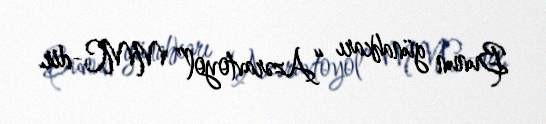
Bunun günahkarı “Azəravtoyol” MMC-dir.